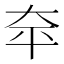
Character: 𪥈